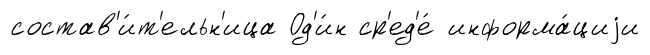
состав'и́т'ельн'ица Од'и́н ср'ед'е́ информа́циjи